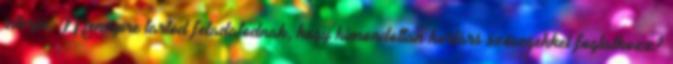
interjú. Mennyire tartod feladatodnak, hogy kimondottan kortárs szövegekkel foglalkozz?